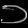
Digit: ၁